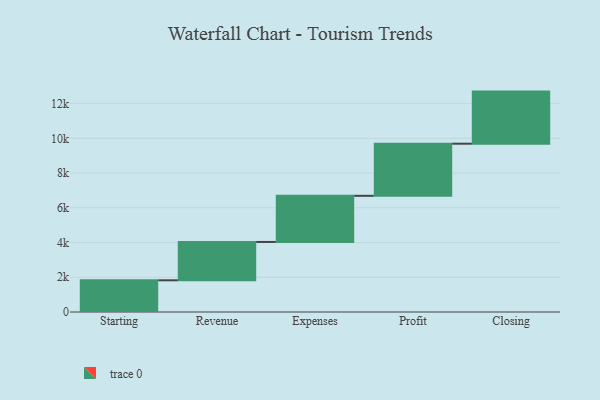
{"axis": {"x": "Step", "y": "Value"}, "legend": [""], "data": [{"x": "Starting", "y": 1825.0, "type": ""}, {"x": "Revenue", "y": 2208.0, "type": ""}, {"x": "Expenses", "y": 2657.0, "type": ""}, {"x": "Profit", "y": 3000, "type": ""}, {"x": "Closing", "y": 3000, "type": ""}]}